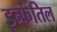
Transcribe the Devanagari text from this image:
इन्फंतिल